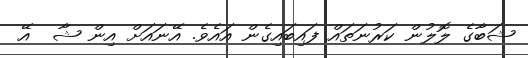
ޝަބާގެ ލޮލުން ކަރުނަތައް ފައިބައިގެން އައެވެ. އޭނައަށް އިން ޝާ  އޭ